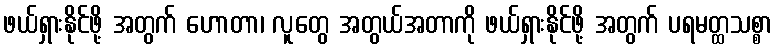
ဖယ်ရှားနိုင်ဖို့ အတွက် ဟောတာ၊ လူတွေ အတွယ်အတာကို ဖယ်ရှားနိုင်ဖို့ အတွက် ပရမတ္ထသစ္စာ